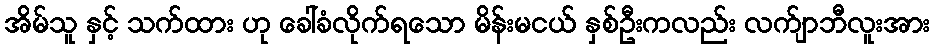
အိမ်သူ နှင့် သက်ထား ဟု ခေါ်ခံလိုက်ရသော မိန်းမငယ် နှစ်ဦးကလည်း လက်ျာဘီလူးအား